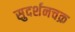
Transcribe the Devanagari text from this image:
सुदर्शनचक्र